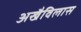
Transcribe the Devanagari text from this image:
अखैविलास